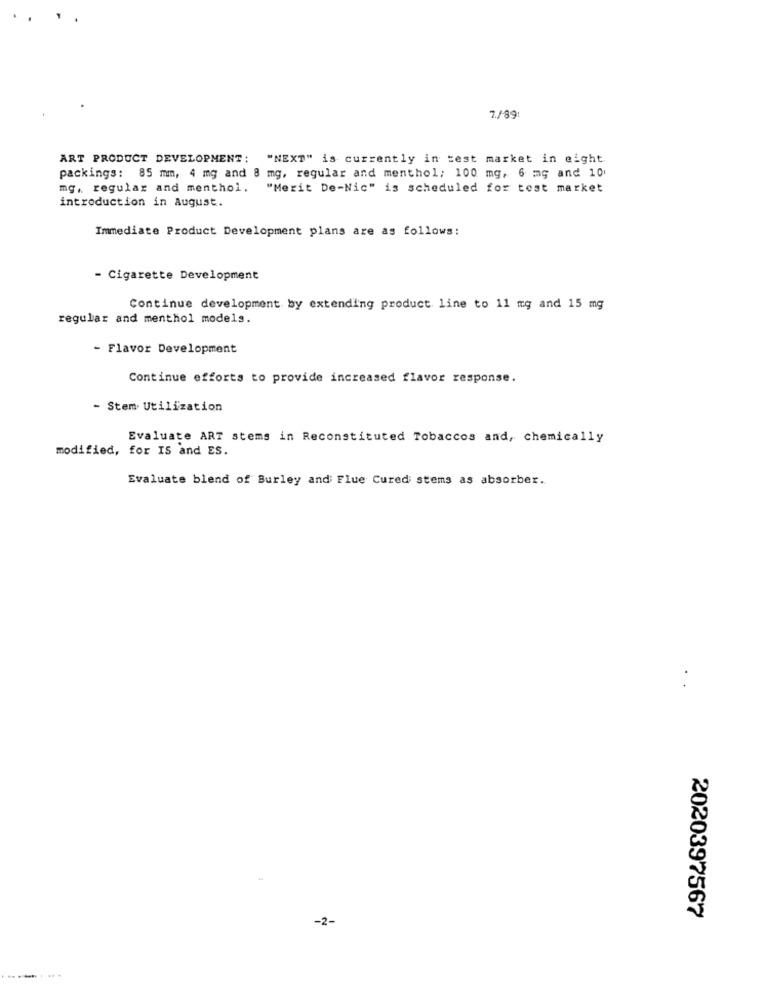
7./89
ART PRODUCT DEVELOPMENT: "NEXT" is currently in test market in eight.
packings: 85 mm, 4 mg and 8 mg, regular and menthol; 100 mg, 6 mg and 10
mg, regular and menthol. "Merit De-Nic" is scheduled for test market
introduction in August.
Immediate Product Development plans are as follows:
- Cigarette Development
Continue development by extending product line to 11 mg and 15 mg
regular and menthol models.
- Flavor Development
Continue efforts to provide increased flavor response.
- Stem. Utilization
Evaluate ART stems in Reconstituted Tobaccos and, chemically
modified, for IS and ES.
Evaluate blend of Burley and Flue Cured stems as absorber.
2020397567
-2-